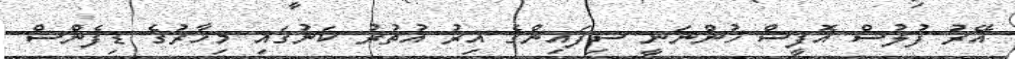
އޭރު ފުލުސް އޮފީސް ހުންނަނީ ސިފައިންގެ އިރު އުތުރު ކަނުގައި މިހާރުގެ ޑިފެންސް